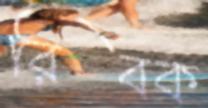
রিবক